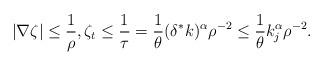
LaTeX: \begin{align*} |\nabla \zeta| \leq \frac{1}{\rho}, \zeta_{t} \leq \frac{1}{\tau} = \frac{1}{\theta} (\delta^{*}k)^{\alpha}\rho^{-2} \leq \frac{1}{\theta} k_{j}^{\alpha}\rho^{-2}. \end{align*}